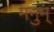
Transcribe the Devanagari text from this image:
मनुम्‌